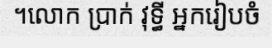
។លោក ប្រាក់ វុទ្ធី អ្នករៀបចំ